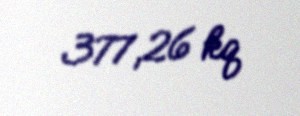
377,26 kq